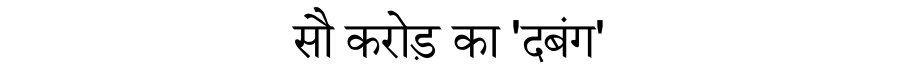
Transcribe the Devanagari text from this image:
सौ करोड़ का 'दबंग'